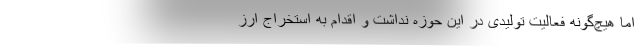
اما هیچ‌گونه فعالیت تولیدی در این حوزه نداشت و اقدام به استخراج ارز